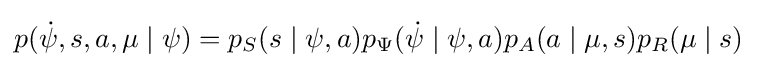
p({\dot {\psi }},s,a,\mu \mid \psi )=p_{S}(s\mid \psi ,a)p_{\Psi }({\dot {\psi }}\mid \psi ,a)p_{A}(a\mid \mu ,s)p_{R}(\mu \mid s)